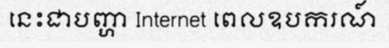
នេះជាបញ្ហា Internet ពេលឧបករណ៍